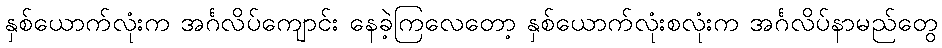
နှစ်ယောက်လုံးက အင်္ဂလိပ်ကျောင်း နေခဲ့ကြလေတော့ နှစ်ယောက်လုံးစလုံးက အင်္ဂလိပ်နာမည်တွေ